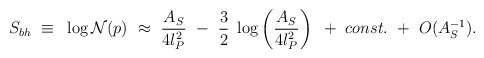
\begin{align*}S_{bh}~\equiv~\log {\cal N}(p)~\approx~ {A_S\over{4l_P^2}} ~-~{3\over2}~\log \left({A_S\over{4l_P^2}} \right)~+~ const.~+~O(A_S^{-1}).\end{align*}